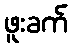
ဖူးခက်